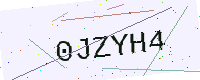
Text: 0JZYH4